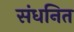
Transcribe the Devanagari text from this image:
संधनित